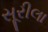
સૂરીલા